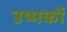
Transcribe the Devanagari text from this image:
उष्मकों